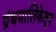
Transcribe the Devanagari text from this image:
ग्रंथमालिकेतून